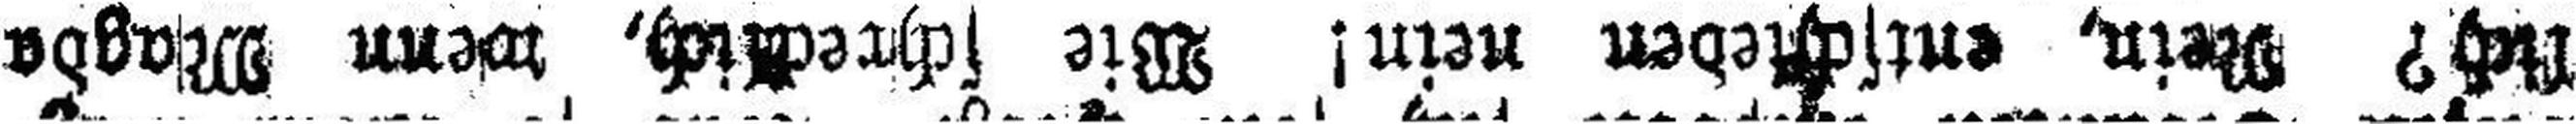
lich? Nein, entschieden nein! Wie schrecklich, wenn Magda